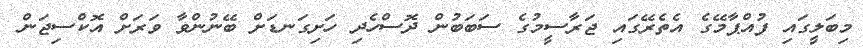
މިބަލީގައި ފުއްޕާމޭގެ އެތެރޭގައި ޖަރާސީމުގެ ސަބަބުން ދޮސްހެދި ހަށިގަނޑަށް ބޭނުންވާ ވަރަށް އޮކްސިޖަން